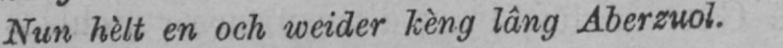
Nun hèlt en och weider kèng lâng Aberzuol.